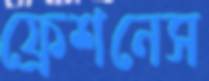
ফ্রেশনেস